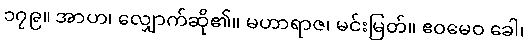
၁၇၉။ အာဟ၊ လျှောက်ဆို၏။ မဟာရာဇ၊ မင်းမြတ်။ ဧဝမေဝ ခေါ၊